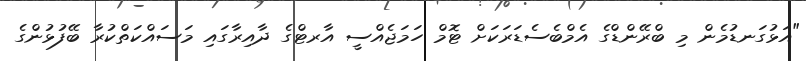
"އަޅުގަނޑުމެން މި ބްރޭންޑްގެ އެމްބެސެޑަރަކަށް ޓޮމް ހަމަޖެއްސީ އާރޓްގެ ދާއިރާގައި މަސައްކަތްކުރާ ބޭފުޅުންގެ